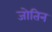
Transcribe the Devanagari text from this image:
जोतिन